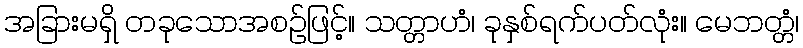
အခြားမရှိ တခုသောအစဉ်ဖြင့်။ သတ္တာဟံ၊ ခုနှစ်ရက်ပတ်လုံး။ မေဘတ္တံ၊